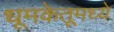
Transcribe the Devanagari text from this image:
धूमकेतूमध्ये